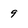
Character: 9